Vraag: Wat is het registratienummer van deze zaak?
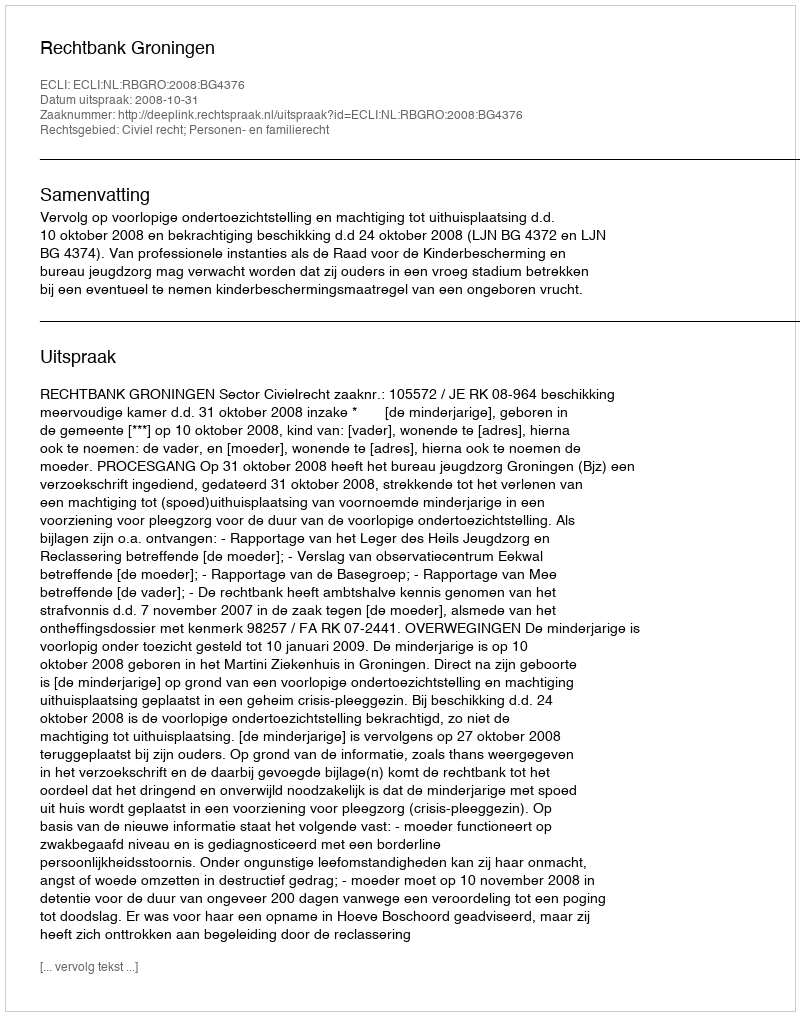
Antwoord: http://deeplink.rechtspraak.nl/uitspraak?id=ECLI:NL:RBGRO:2008:BG4376